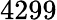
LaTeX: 4299